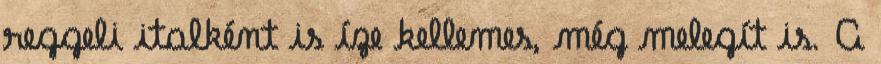
reggeli italként is íze kellemes, még melegít is. A